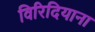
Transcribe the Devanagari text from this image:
विरिदियाना